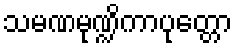
သမဏမုဏ္ဍိကာပုတ္တော